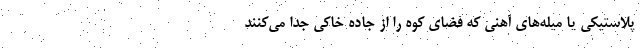
پلاستیکی یا میله‌های آهنی که فضای کوه را از جاده خاکی جدا می‌کنند